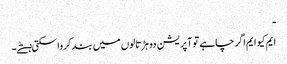
ـ
ایم کیو ایم اگر چاہے تو آپریشن دو ہڑتالوں میں بند کرواسکتی ہےؕ۔